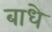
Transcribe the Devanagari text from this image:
बाधे